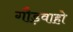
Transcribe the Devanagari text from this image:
गौड़वाहो